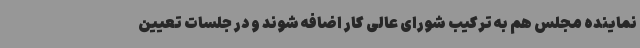
نماینده مجلس هم به ترکیب شورای عالی کار اضافه شوند و در جلسات تعیین